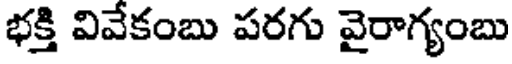
భక్తి వివేకంబు పరగు వైరాగ్యంబు